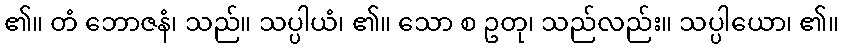
၏။ တံ ဘောဇနံ၊ သည်။ သပ္ပါယံ၊ ၏။ သော စ ဥတု၊ သည်လည်း။ သပ္ပါယော၊ ၏။